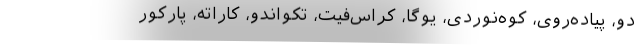
دو، پیاده‌روی، کوه‌نوردی، یوگا، کراس‌فیت، تکواندو، کاراته، پارکور